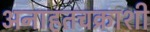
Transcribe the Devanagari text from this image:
अनाहतचक्राशी